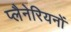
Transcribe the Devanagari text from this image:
प्लैनेरियनों